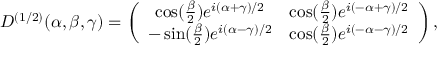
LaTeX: D ^ { ( 1 / 2 ) } ( \alpha , \beta , \gamma ) = \left( \begin{array} { c c } { { \cos ( \frac \beta 2 ) e ^ { i ( \alpha + \gamma ) / 2 } } } & { { \cos ( \frac \beta 2 ) e ^ { i ( - \alpha + \gamma ) / 2 } } } \\ { { - \sin ( \frac \beta 2 ) e ^ { i ( \alpha - \gamma ) / 2 } } } & { { \cos ( \frac \beta 2 ) e ^ { i ( - \alpha - \gamma ) / 2 } } } \end{array} \right) ,